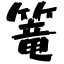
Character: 篭